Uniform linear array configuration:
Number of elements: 24
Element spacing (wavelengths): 1
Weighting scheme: blackman
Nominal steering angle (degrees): -30
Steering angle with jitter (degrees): -30.036
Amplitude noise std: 0.05
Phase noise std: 0.05

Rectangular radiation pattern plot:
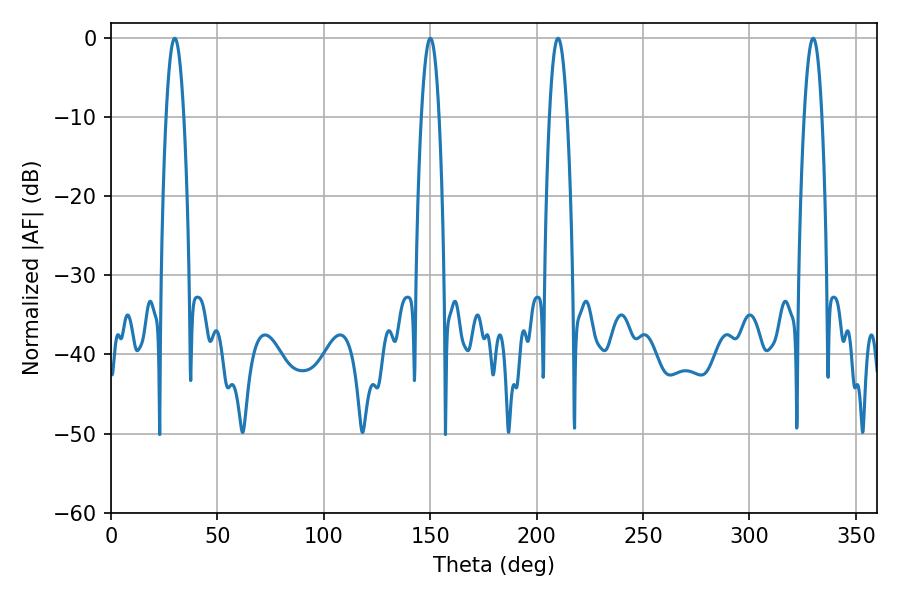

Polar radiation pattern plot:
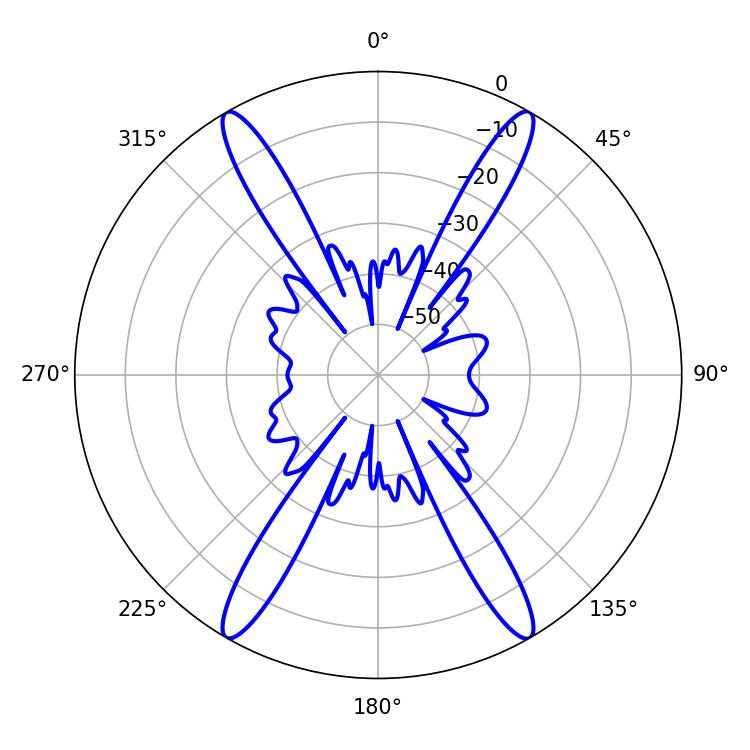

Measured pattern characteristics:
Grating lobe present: TRUE
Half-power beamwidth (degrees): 4.68
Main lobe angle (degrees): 210.06